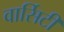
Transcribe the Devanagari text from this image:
वार्सिटी